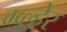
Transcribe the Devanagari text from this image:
ग्व्ल्हेर